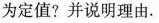
为定值?并说明理由.